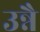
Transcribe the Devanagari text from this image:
उन्नै